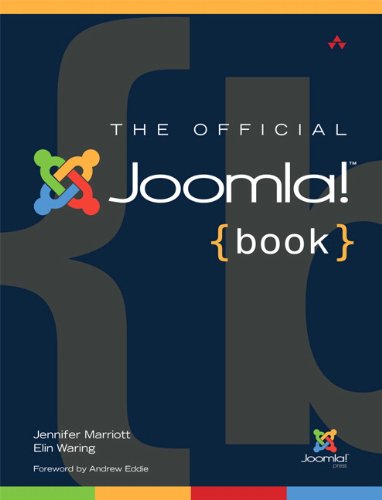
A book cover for The Official Joomla! Book (Joomla! Press); Jennifer Marriott; Computers & Technology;